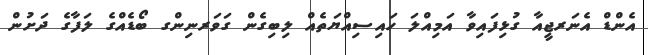
އެންޑް އެނަރޖީއާ ގުޅިފައިވާ އަމިއްލަ ހައިސިއްޔަތެއް ލިބިގެން ގަވަރނިންގ ބޯޑެއްގެ ލަފާގެ ދަށުން